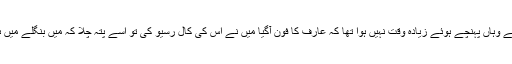
مجھے وہاں پہنچے ہوئے زیادہ وقت نہیں ہوا تھا کہ عارف کا فون آگیا میں نے اس کی کال رسیو کی تو اسے پتہ چلا کہ میں بنگلے میں ہوں ۔